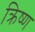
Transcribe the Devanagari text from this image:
क्रिष्ण